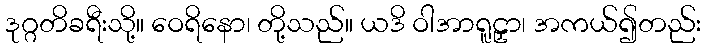
ဒုဂ္ဂတိခရီးသို့။ ဝေရိနော၊ တို့သည်။ ယဒိ ဝါအာရူဠှာ၊ အကယ်၍တည်း